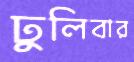
ঢুলিবার